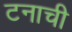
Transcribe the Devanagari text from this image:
टनाची